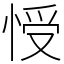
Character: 㥅